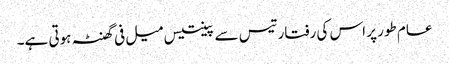
عام طور پر اس کی رفتار تیس سے پینتیس میل فی گھنٹہ ہوتی ہے۔